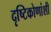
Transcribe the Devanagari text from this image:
दृष्टिकोणांशी